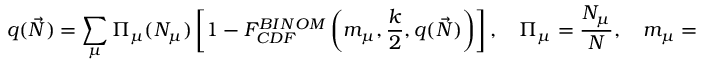
q ( \Vec { N } ) = \sum _ { \mu } { \Pi } _ { \mu } ( N _ { \mu } ) \left[ 1 - F _ { C D F } ^ { B I N O M } \left( m _ { \mu } , \frac { k } { 2 } , q ( \vec { N } ) \right) \right] , \quad { \Pi } _ { \mu } = \frac { N _ { \mu } } { N } , \quad m _ { \mu } = \left\lceil { \frac { k } { 2 } \frac { { \epsilon } _ { \mu } } { { \Lambda } _ { b } } } \right\rceil \leq \frac { k } { 2 }